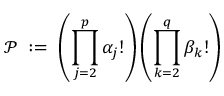
{ \mathcal { P } } \; : = \; \left( \prod _ { j = 2 } ^ { p } \alpha _ { j } ! \right) \left( \prod _ { k = 2 } ^ { q } \beta _ { k } ! \right)